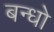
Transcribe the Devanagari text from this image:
बन्धो